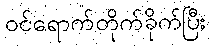
ဝင်ရောက်တိုက်ခိုက်ပြီး